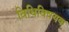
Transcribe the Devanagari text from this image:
विधिविषयक